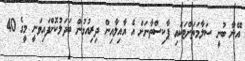
އޭނާ ބުނީ ސަލާމަތަށްޓަކައި ޕާކިސްތާނަށް އެ އާއިލާއިން ދިރިއުޅުން ބަދަލުކޮށްފައިވަނީ މީގެ 40